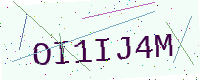
Text: OI1IJ4M